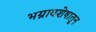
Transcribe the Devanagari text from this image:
भग्नावशेषातून